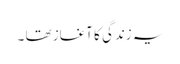
یہ زندگی کا آغاز تھا ۔